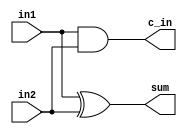
`timescale 1ns/1ps

module half_adder(in1, in2, sum, c_in);

    input in1, in2;
    output sum, c_in;

    xor (sum, in1, in2);
    and (c_in, in1, in2);

endmodule

module top_module;

    wire Sum;
    wire C_out;

half_adder half_adder_st1 (.in1 (st1_in1), .in2 (st1_in2), .sum (st1_sum), .c_in (st1_c_in));

half_adder half_adder_st2 (.in1 (st2_in1), .in2 (st2_in2), .sum (st2_sum), .c_in (st2_c_in));

assign st2_in1 = st1_c_in;
assign st2_in2 = st1_sum;

assign Sum = st2_sum;
and (C_out, st1_c_in, st2_c_in);

endmodule